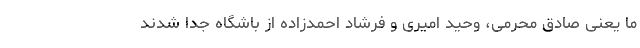
ما یعنی صادق محرمی، وحید امیری و فرشاد احمدزاده از باشگاه جدا شدند